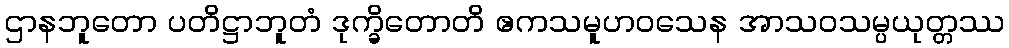
ဌာနဘူတော ပတိဋ္ဌာဘူတံ ဒုက္ခိတောတိ ဧကသမူဟဝသေန အာသဝသမ္ပယုတ္တဿ